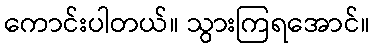
ကောင်းပါတယ်။ သွားကြရအောင်။